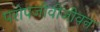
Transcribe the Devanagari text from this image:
परोपजीवीजीवन